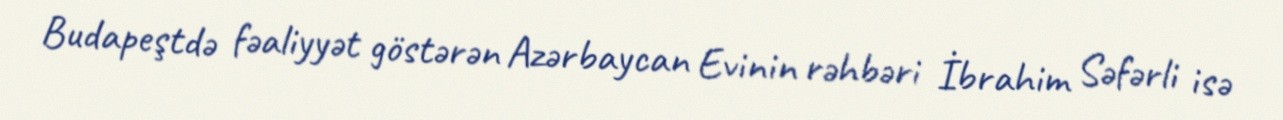
Budapeştdə fəaliyyət göstərən Azərbaycan Evinin rəhbəri İbrahim Səfərli isə